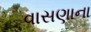
વાસણાના